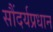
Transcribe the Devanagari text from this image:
सौंदर्यप्रधान